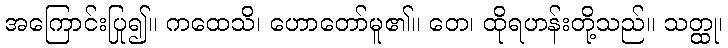
အကြောင်းပြု၍။ ကထေသိ၊ ဟောတော်မူ၏။ တေ၊ ထိုရဟန်းတို့သည်။ သတ္ထု၊